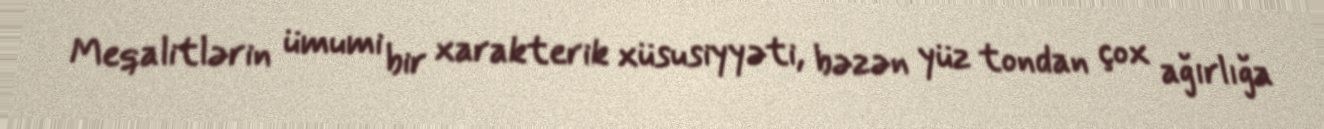
Meqalitlərin ümumi bir xarakterik xüsusiyyəti, bəzən yüz tondan çox ağırlığa